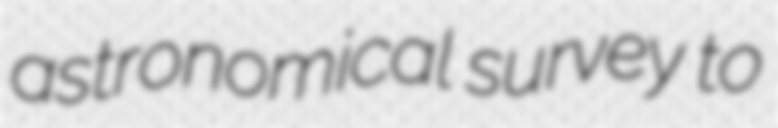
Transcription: astronomical survey to